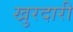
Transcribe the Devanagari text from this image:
खुरदारी